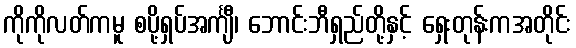
ကိုကိုလတ်ကမူ စပို့ရှပ်အင်္ကျီ၊ ဘောင်းဘီရှည်တို့နှင့် ရှေးတုန်းကအတိုင်း